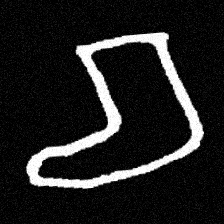
Pyu character \u2014 Myanmar letter: စ (romanized: ca)